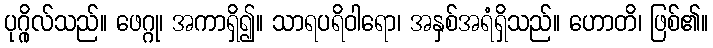
ပုဂ္ဂိုလ်သည်။ ဖေဂ္ဂု၊ အကာရှိ၍။ သာရပရိဝါရော၊ အနှစ်အရံရှိသည်။ ဟောတိ၊ ဖြစ်၏။